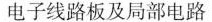
电子线路板及局部电路